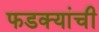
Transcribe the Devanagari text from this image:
फडक्यांची